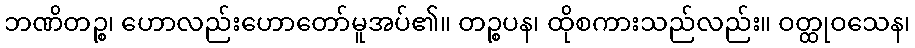
ဘဏိတဉ္စ၊ ဟောလည်းဟောတော်မူအပ်၏။ တဉ္စပန၊ ထိုစကားသည်လည်း။ ဝတ္ထုဝသေန၊